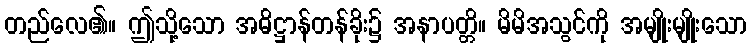
တည်လေ၏။ ဤသို့သော အဓိဋ္ဌာန်တန်ခိုး၌ အနာပတ္တိ။ မိမိအသွင်ကို အမျိုးမျိုးသော